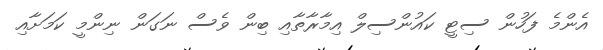
އެންމެ ފަހުން ސިޓީ ކައުންސިލް އިމާރާތާއި ބިން ވެސް ނަގަން ނިންމީ ކަމަށާއި